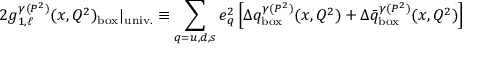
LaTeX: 2 g _ { 1 , \ell } ^ { \gamma ( P ^ { 2 } ) } ( x , Q ^ { 2 } ) _ { \mathrm { b o x } } | _ { \mathrm { u n i v . } } \equiv \sum _ { q = u , d , s } e _ { q } ^ { 2 } \left[ \Delta q _ { \mathrm { b o x } } ^ { \gamma ( P ^ { 2 } ) } ( x , Q ^ { 2 } ) + \Delta \bar { q } _ { \mathrm { b o x } } ^ { \gamma ( P ^ { 2 } ) } ( x , Q ^ { 2 } ) \right]